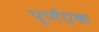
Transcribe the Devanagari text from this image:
पूर्णएक